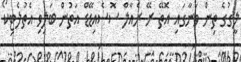
ލީގުގެ ތިން ވަނާގައި އޮތޭ ރޭ ރެއާލް ސޮސެއިޑޭޑް އަތުން ބަލިވި އެތުލެޓިކޯ